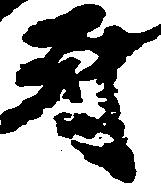
尉